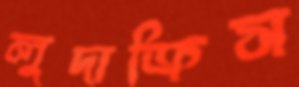
লুদাক্রিস